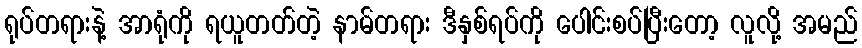
ရုပ်တရားနဲ့ အာရုံကို ရယူတတ်တဲ့ နာမ်တရား ဒီနှစ်ရပ်ကို ပေါင်းစပ်ပြီးတော့ လူလို့ အမည်